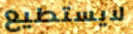
لايستطيع